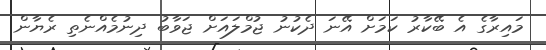
މައިރާގެ އެ ބޭކާރު ކަމަށް އޭނަ ދެކުނު ޖުމްލައަށް ޖަވާބު ދިނުމެއްނެތި ރެޔާން